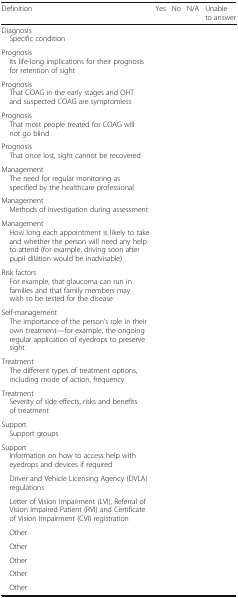
<table><thead><tr><td><b>Definition</b></td><td><b>Yes</b></td><td><b>No</b></td><td><b>N/A</b></td><td><b>Unable to answer</b></td></tr></thead><tbody><tr><td>Diagnosis Specific condition</td><td></td><td></td><td></td><td></td></tr><tr><td>Prognosis Its life-long implications for their prognosis for retention of sight</td><td></td><td></td><td></td><td></td></tr><tr><td>Prognosis That COAG in the early stages and OHT and suspected COAG are symptomless</td><td></td><td></td><td></td><td></td></tr><tr><td>Prognosis That most people treated for COAG will not go blind</td><td></td><td></td><td></td><td></td></tr><tr><td>Prognosis That once lost, sight cannot be recovered</td><td></td><td></td><td></td><td></td></tr><tr><td>Management The need for regular monitoring as specified by the healthcare professional</td><td></td><td></td><td></td><td></td></tr><tr><td>Management Methods of investigation during assessment</td><td></td><td></td><td></td><td></td></tr><tr><td>Management How long each appointment is likely to take and whether the person will need any help to attend (for example, driving soon after pupil dilation would be inadvisable)</td><td></td><td></td><td></td><td></td></tr><tr><td>Risk factors For example, that glaucoma can run in families and that family members may wish to be tested for the disease</td><td></td><td></td><td></td><td></td></tr><tr><td>Self-management The importance of the person’s role in their own treatment—for example, the ongoing regular application of eyedrops to preserve sight</td><td></td><td></td><td></td><td></td></tr><tr><td>Treatment The different types of treatment options, including mode of action, frequency</td><td></td><td></td><td></td><td></td></tr><tr><td>Treatment Severity of side effects, risks and benefits of treatment</td><td></td><td></td><td></td><td></td></tr><tr><td>Support Support groups</td><td></td><td></td><td></td><td></td></tr><tr><td>Support Information on how to access help with eyedrops and devices if required</td><td></td><td></td><td></td><td></td></tr><tr><td> Driver and Vehicle Licensing Agency (DVLA) regulations</td><td></td><td></td><td></td><td></td></tr><tr><td> Letter of Vision Impairment (LVI), Referral of Vision Impaired Patient (RVI) and Certificate of Vision Impairment (CVI) registration</td><td></td><td></td><td></td><td></td></tr><tr><td> Other</td><td></td><td></td><td></td><td></td></tr><tr><td> Other</td><td></td><td></td><td></td><td></td></tr><tr><td> Other</td><td></td><td></td><td></td><td></td></tr><tr><td> Other</td><td></td><td></td><td></td><td></td></tr><tr><td> Other</td><td></td><td></td><td></td><td></td></tr></tbody></table>